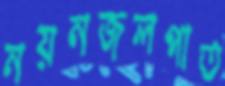
নয়নজলপাত